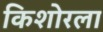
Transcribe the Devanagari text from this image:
किशोरला